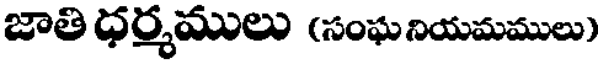
జాతి ధర్మములు (సంఘనియమములు)